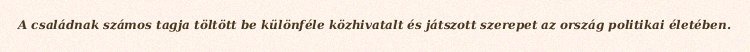
A családnak számos tagja töltött be különféle közhivatalt és játszott szerepet az ország politikai életében.